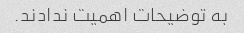
به توضیحات اهمیت ندادند.